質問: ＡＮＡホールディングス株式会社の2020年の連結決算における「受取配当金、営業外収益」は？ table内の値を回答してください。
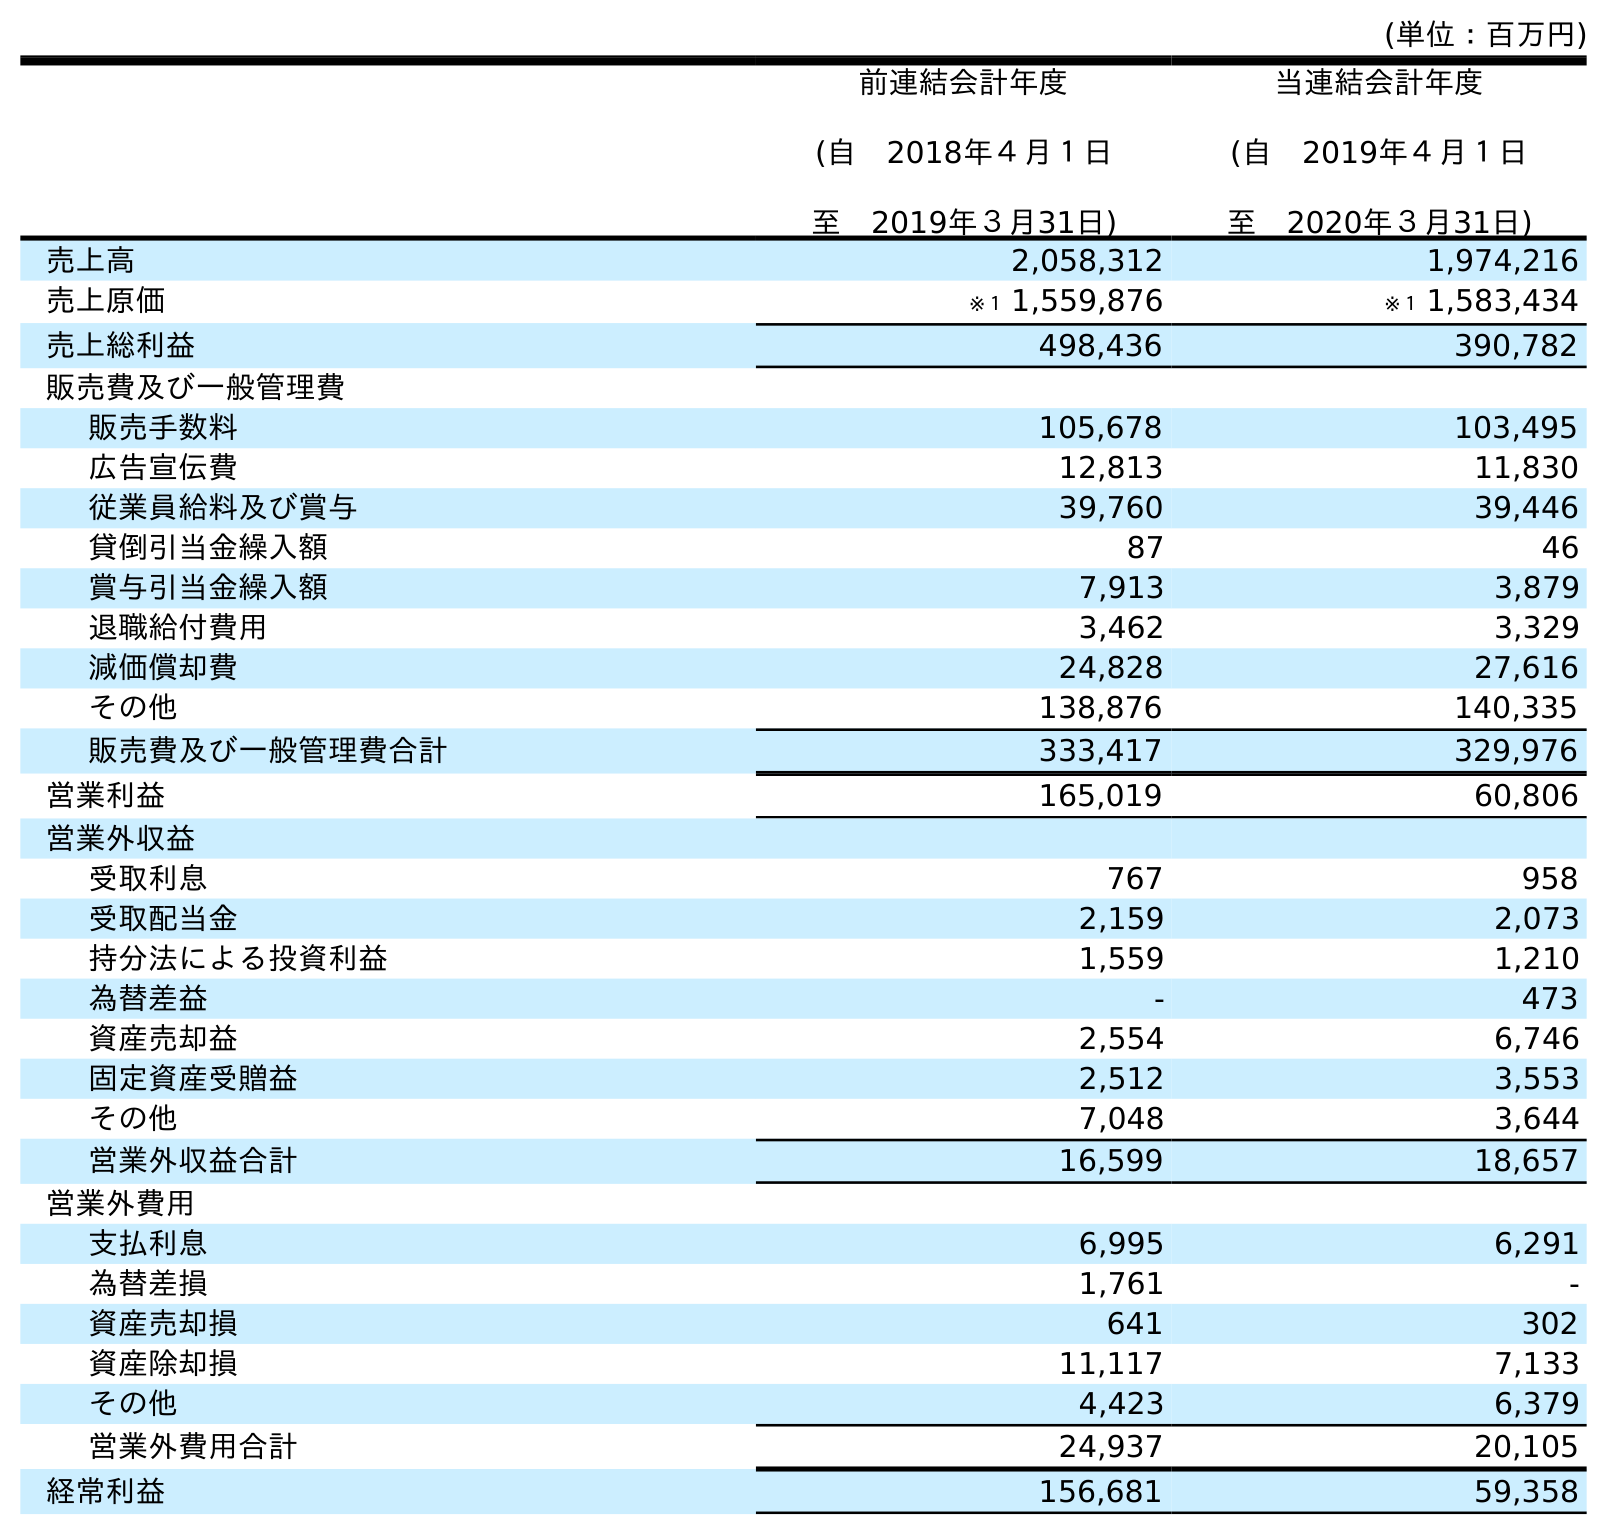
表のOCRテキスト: (単位：百万円) 前連結会計年度 (自 2018年４月１日 至 2019年３月31日) 当連結会計年度 (自 2019年４月１日 至 2020年３月31日) 売上高 2,058,312 1,974,216 売上原価 ※１ 1,559,876 ※１ 1,583,434 売上総利益 498,436 390,782 販売費及び一般管理費 販売手数料 105,678 103,495 広告宣伝費 12,813 11,830 従業員給料及び賞与 39,760 39,446 貸倒引当金繰入額 87 46 賞与引当金繰入額 7,913 3,879 退職給付費用 3,462 3,329 減価償却費 24,828 27,616 その他 138,876 140,335 販売費及び一般管理費合計 333,417 329,976 営業利益 165,019 60,806 営業外収益 受取利息 767 958 受取配当金 2,159 2,073 持分法による投資利益 1,559 1,210 為替差益 - 473 資産売却益 2,554 6,746 固定資産受贈益 2,512 3,553 その他 7,048 3,644 営業外収益合計 16,599 18,657 営業外費用 支払利息 6,995 6,291 為替差損 1,761 - 資産売却損 641 302 資産除却損 11,117 7,133 その他 4,423 6,379 営業外費用合計 24,937 20,105 経常利益 156,681 59,358
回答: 2,073